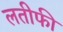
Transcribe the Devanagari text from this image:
लतीफी